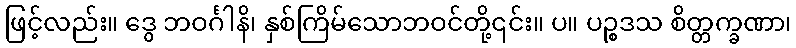
ဖြင့်လည်း။ ဒွေ ဘဝင်္ဂါနိ၊ နှစ်ကြိမ်သောဘဝင်တို့၎င်း။ ပ။ ပဉ္စဒသ စိတ္တက္ခဏာ၊